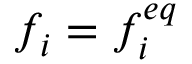
f _ { i } = f _ { i } ^ { e q }